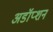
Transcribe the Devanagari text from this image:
अडॉप्शन